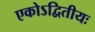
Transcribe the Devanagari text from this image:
एकोऽद्वितीयः